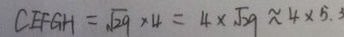
C E F G H = \sqrt { 2 9 } \times 4 = 4 \times \sqrt { 2 9 } \approx 4 \times 5 . 3